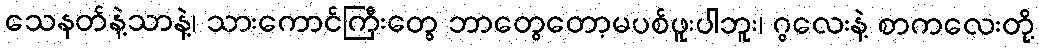
သေနတ်နဲ့သာနဲ့၊ သားကောင်ကြီးတွေ ဘာတွေတော့မပစ်ဖူးပါဘူး၊ ဂွလေးနဲ့ စာကလေးတို့